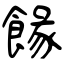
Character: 餯